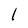
Character: l